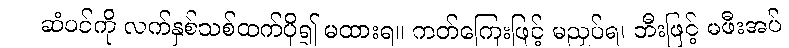
ဆံပင်ကို လက်နှစ်သစ်ထက်ပို၍ မထားရ။ ကတ်ကြေးဖြင့် မညှပ်ရ၊ ဘီးဖြင့် မဖီးအပ်